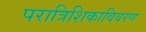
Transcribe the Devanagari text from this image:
परात्रिशिकाविवरण